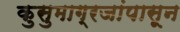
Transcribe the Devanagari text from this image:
कुसुमाग्रजांपासून